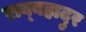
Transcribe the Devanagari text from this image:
राव्बहादुर